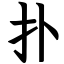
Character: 扑